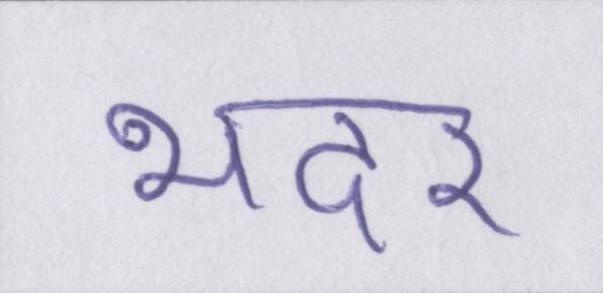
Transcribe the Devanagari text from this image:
भदर